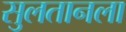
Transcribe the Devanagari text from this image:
सुलतानला